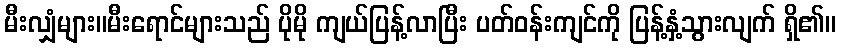
မီးလျှံများ။မီးရောင်များသည် ပိုမို ကျယ်ပြန့်လာပြီး ပတ်ဝန်းကျင်ကို ပြန့်နှံ့သွားလျက် ရှိ၏။